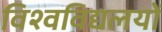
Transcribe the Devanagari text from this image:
विश्वविद्यलयों